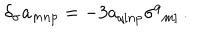
\delta _ { \sigma } a _ { m n p } = - 3 a _ { q [ n p } \sigma ^ { q } { } _ { m ] } \, .